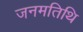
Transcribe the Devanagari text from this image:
जनमतिथि